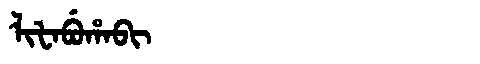
Manchu: ᠯᡳᡶᠠᠪᡠᡥᠠᠪᡳ
Romanization: LIFABUHABI